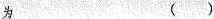
为 ()